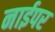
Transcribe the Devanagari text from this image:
नाईपर